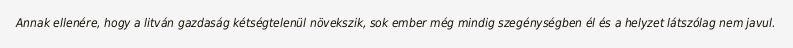
Annak ellenére, hogy a litván gazdaság kétségtelenül növekszik, sok ember még mindig szegénységben él és a helyzet látszólag nem javul.